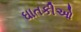
ઘાતકીઓ